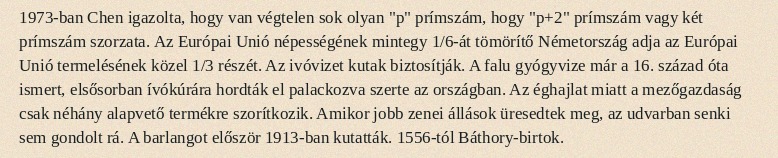
1973-ban Chen igazolta, hogy van végtelen sok olyan "p" prímszám, hogy "p+2" prímszám vagy két prímszám szorzata. Az Európai Unió népességének mintegy 1/6-át tömörítő Németország adja az Európai Unió termelésének közel 1/3 részét. Az ivóvizet kutak biztosítják. A falu gyógyvize már a 16. század óta ismert, elsősorban ívókúrára hordták el palackozva szerte az országban. Az éghajlat miatt a mezőgazdaság csak néhány alapvető termékre szorítkozik. Amikor jobb zenei állások üresedtek meg, az udvarban senki sem gondolt rá. A barlangot először 1913-ban kutatták. 1556-tól Báthory-birtok.